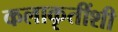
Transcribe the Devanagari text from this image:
कलाकृतींशी